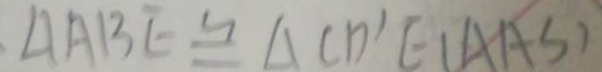
\Delta A B E \cong \Delta C D ^ { \prime } E ( A A S )